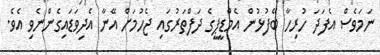
ނަމަވެސް އެފަދަ ހުރިހާ ބޭފުޅުން އެމްޑީޕީގެ ދަފްތަރުގައި ޖެހުމަށް އޭނާ އެދިވަޑައިގެންނެވި އެވެ.